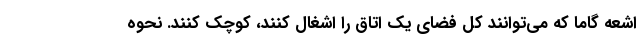
اشعه گاما که می‌توانند کل فضای یک اتاق را اشغال کنند، کوچک کنند. نحوه